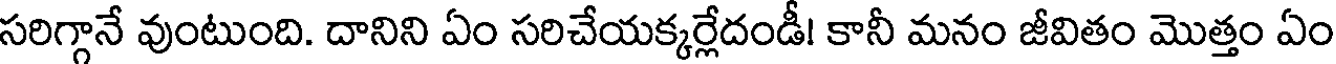
సరిగ్గానే వుంటుంది. దానిని ఏం సరిచేయక్కర్లేదండీ! కానీ మనం జీవితం మొత్తం ఏం